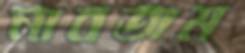
নাবতাম